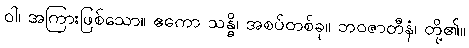
ဝါ၊ အကြားဖြစ်သော။ ဧကော သန္ဓိ၊ အစပ်တစ်ခု။ ဘဝဇာတီနံ၊ တို့၏။